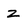
Character: z